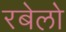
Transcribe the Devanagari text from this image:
रबेलो